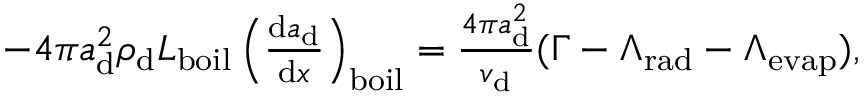
\begin{array} { r } { - 4 \pi a _ { \mathrm { d } } ^ { 2 } \rho _ { \mathrm { d } } L _ { \mathrm { b o i l } } \left( \frac { \mathrm { d } a _ { \mathrm { d } } } { \mathrm { d } x } \right) _ { \mathrm { b o i l } } = \frac { 4 \pi a _ { \mathrm { d } } ^ { 2 } } { v _ { \mathrm { d } } } ( \Gamma - \Lambda _ { \mathrm { r a d } } - \Lambda _ { \mathrm { e v a p } } ) , } \end{array}